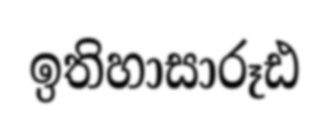
ඉතිහාසාරූඪ